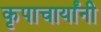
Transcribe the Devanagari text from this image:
कृपाचार्यांनी